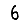
Digit: 6